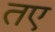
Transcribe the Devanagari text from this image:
तए